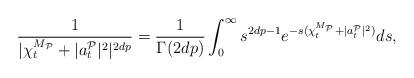
LaTeX: \begin{align*}\frac{1}{\vert \chi _{t}^{M_{{\mathcal{P}}}}+\vert a^{{{\mathcal{P}}}}_{t}\vert^2\vert^{2dp}}=\frac{1}{\Gamma (2dp)}\int_{0}^{\infty }{s}^{2dp-1}e^{-{s}(\chi _{t}^{M_{{\mathcal{P}}}}+\vert a^{{{\mathcal{P}} }}_{t}\vert^2)}d{s},\end{align*}